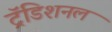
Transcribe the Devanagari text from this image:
ट्रॅडिशनल